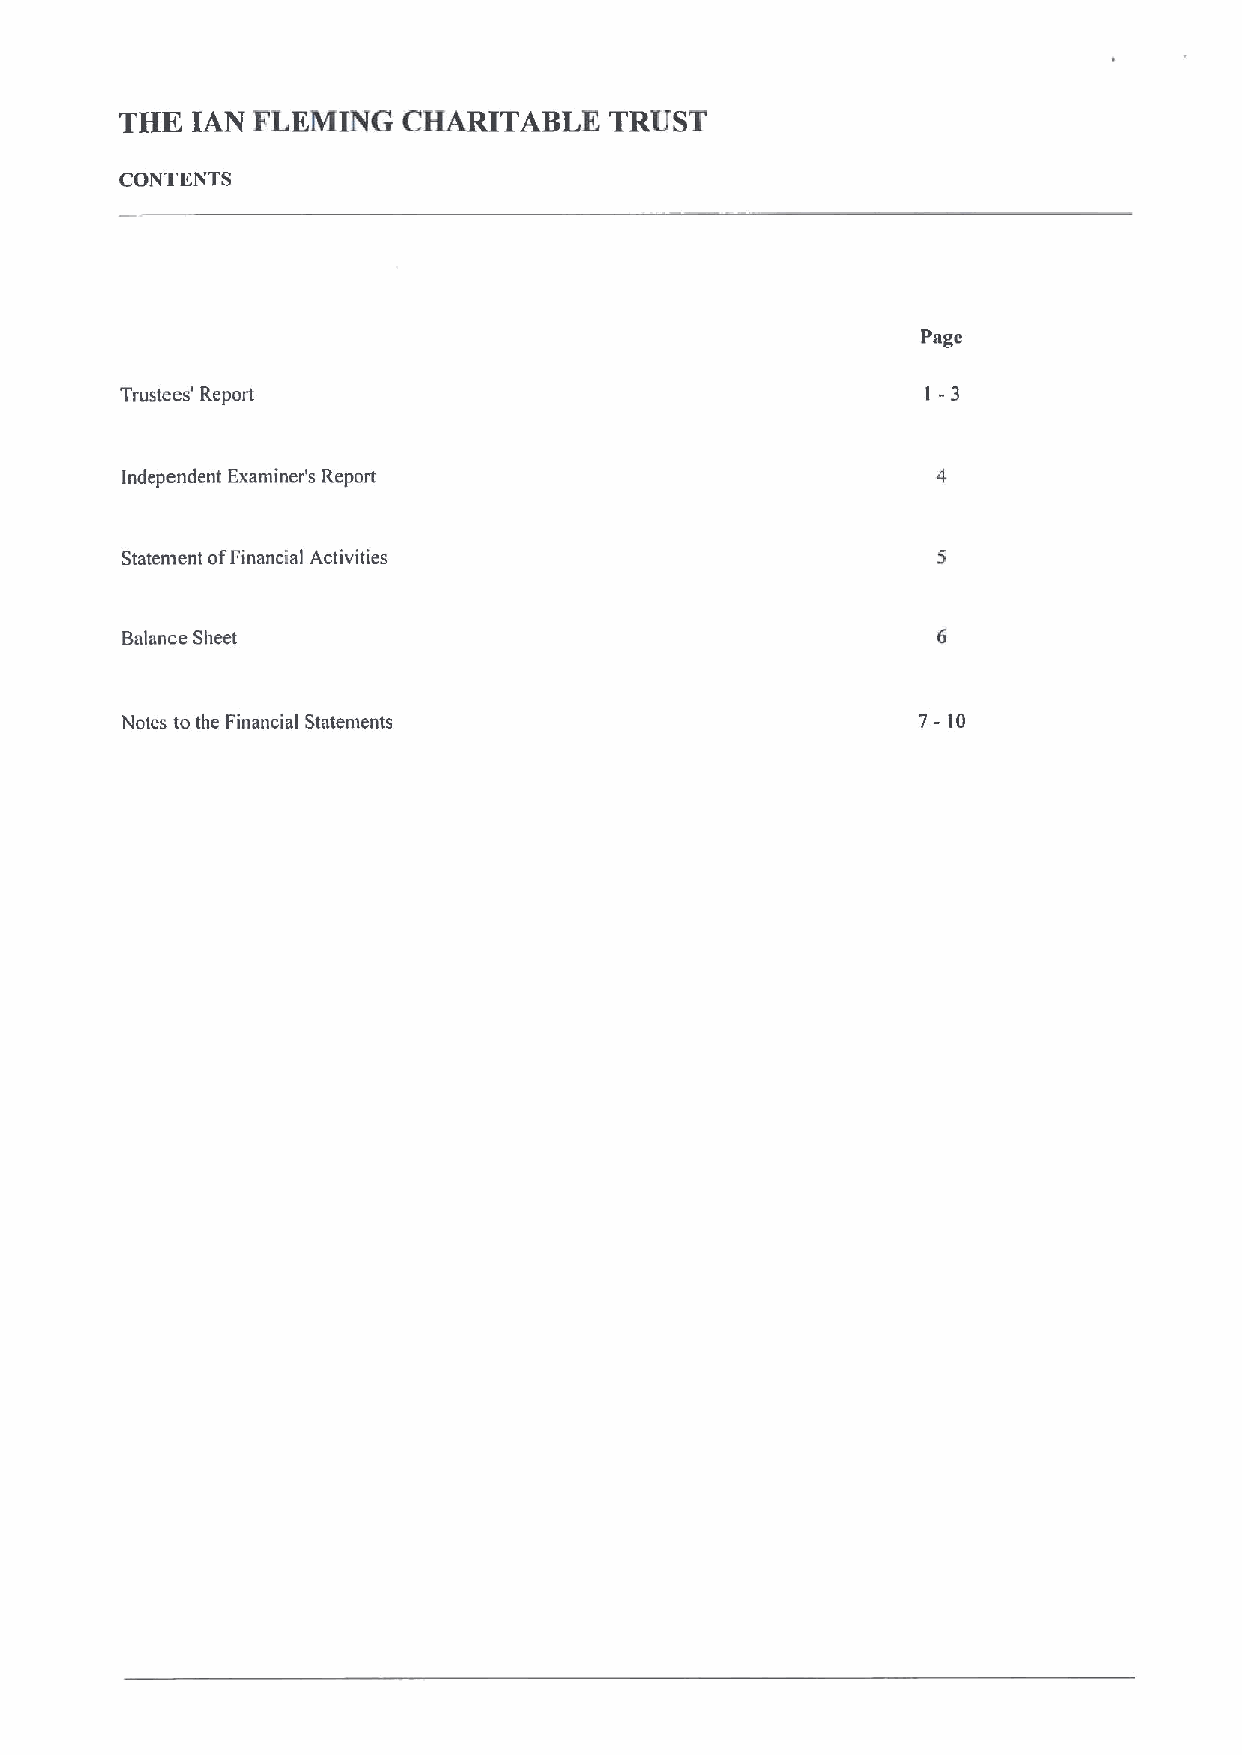
THE  IAN FLEMING   CHARITABLE   TRUST
 CONTENTS
 Page
 1-3
 Trustees' Report
 Independent Examiner's Report
 Statement ofFinancial Activities
 Balance Sheet
 7-10
 Notes to the Financial Statements